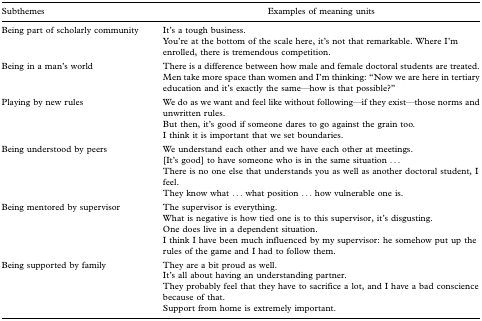
<table><thead><tr><td><b>Subthemes</b></td><td><b>Examples of meaning units</b></td></tr></thead><tbody><tr><td>Being part of scholarly community</td><td>It&#x27;s a tough business.</td></tr><tr><td></td><td>You&#x27;re at the bottom of the scale here, it&#x27;s not that remarkable. Where I&#x27;m enrolled, there is tremendous competition.</td></tr><tr><td>Being in a man&#x27;s world</td><td>There is a difference between how male and female doctoral students are treated.</td></tr><tr><td></td><td>Men take more space than women and I&#x27;m thinking: “Now we are here in tertiary education and it&#x27;s exactly the same—how is that possible?”</td></tr><tr><td>Playing by new rules</td><td>We do as we want and feel like without following—if they exist—those norms and unwritten rules.</td></tr><tr><td></td><td>But then, it&#x27;s good if someone dares to go against the grain too.</td></tr><tr><td></td><td>I think it is important that we set boundaries.</td></tr><tr><td>Being understood by peers</td><td>We understand each other and we have each other at meetings.</td></tr><tr><td></td><td>[It&#x27;s good] to have someone who is in the same situation ...</td></tr><tr><td></td><td>There is no one else that understands you as well as another doctoral student, I feel.</td></tr><tr><td></td><td>They know what ... what position ... how vulnerable one is.</td></tr><tr><td>Being mentored by supervisor</td><td>The supervisor is everything.</td></tr><tr><td></td><td>What is negative is how tied one is to this supervisor, it&#x27;s disgusting.</td></tr><tr><td></td><td>One does live in a dependent situation.</td></tr><tr><td></td><td>I think I have been much influenced by my supervisor: he somehow put up the rules of the game and I had to follow them.</td></tr><tr><td>Being supported by family</td><td>They are a bit proud as well.</td></tr><tr><td></td><td>It&#x27;s all about having an understanding partner.</td></tr><tr><td></td><td>They probably feel that they have to sacrifice a lot, and I have a bad conscience because of that.</td></tr><tr><td></td><td>Support from home is extremely important.</td></tr></tbody></table>